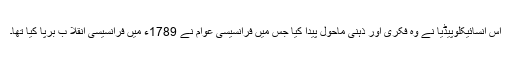
اس انسائیکلوپیڈیا نے وہ فکری اور ذہنی ماحول پیدا کیا جس میں فرانسیسی عوام نے 1789ء میں فرانسیسی انقلا ب برپا کیا تھا۔